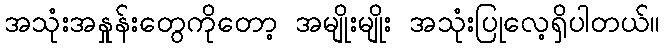
အသုံးအနှုန်းတွေကိုတော့ အမျိုးမျိုး အသုံးပြုလေ့ရှိပါတယ်။